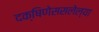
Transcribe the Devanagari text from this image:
दक्षिणेससलेल्या